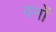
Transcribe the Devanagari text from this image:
वर्मों